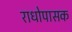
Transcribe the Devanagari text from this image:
राधोपासक